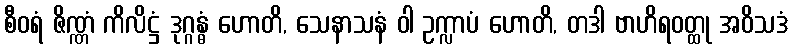
စီဝရံ ဇိဏ္ဏံ ကိလိဋ္ဌံ ဒုဂ္ဂန္ဓံ ဟောတိ, သေနာသနံ ဝါ ဥက္လာပံ ဟောတိ, တဒါ ဗာဟိရဝတ္ထု အဝိသဒံ